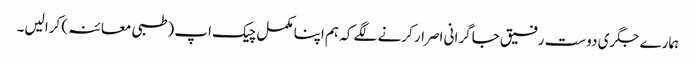
ہمارے جگری دوست رفیق جاگرانی اصرار کرنے لگے کہ ہم اپنا مکمل چیک اپ (طبی معائنہ) کرالیں۔